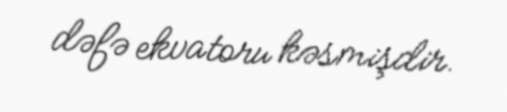
dəfə ekvatoru kəsmişdir.